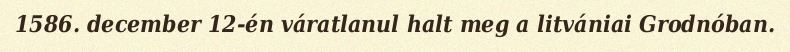
1586. december 12-én váratlanul halt meg a litvániai Grodnóban.